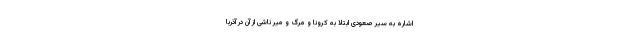
اشاره به سیر صعودی ابتلا به کرونا و مرگ و میر ناشی از آن در آذربا